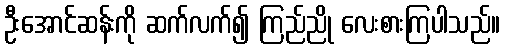
ဦးအောင်ဆန်းကို ဆက်လက်၍ ကြည်ညို လေးစားကြပါသည်။